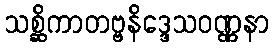
သစ္ဆိကာတဗ္ဗနိဒ္ဒေသဝဏ္ဏနာ